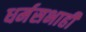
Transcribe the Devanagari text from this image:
धर्मसभाही